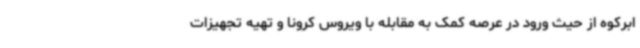
ابرکوه از حیث ورود در عرصه کمک به مقابله با ویروس کرونا و تهیه تجهیزات